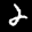
Label: 2